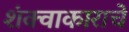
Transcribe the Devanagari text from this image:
शंक्वाकाराचे